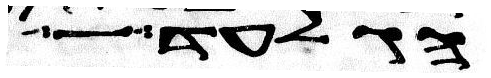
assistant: הגלעד לא